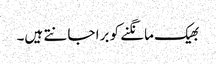
بھیک مانگنے کو برا جانتے ہیں۔